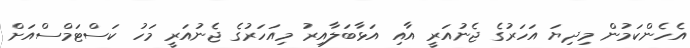
އެހެންކަމުން މިދިޔަ އަހަރުގެ ޖެނުއަރީ އާއި އަޅާބަލާއިރު މިއަހަރުގެ ޖެނުއަރީ މަހު ކަސްޓަމްސްއަށް